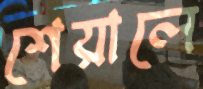
শেয়ালে